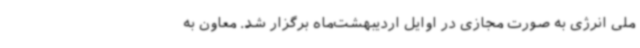
ملی انرژی به صورت مجازی در اوایل اردیبهشت‌ماه برگزار شد. معاون به